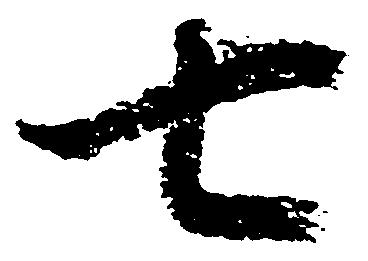
七